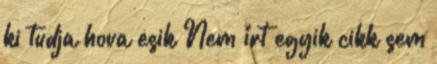
ki tudja hova esik Nem írt egyik cikk sem